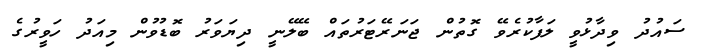
ސައުދު ވިދާޅުވީ ލަފާކުރެވޭ ގޮތުން ޖަނަރޭޓަރުތައް ބޭލޭނީ ދިޔަވަރު ބޮޑުވުން މިއަދު ހަވީރުގެ